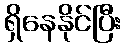
ရှိနေနိုင်ပြီး